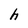
Character: h